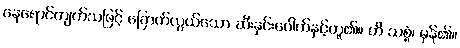
နေရောင်ကျက်သဖြင့် ခြောက်လွယ်သော ဆီးနှင်းပေါက်နှင့်တူ၏။ ဟိ သစ္စံ၊ မှန်၏။